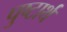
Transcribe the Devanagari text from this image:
पुष्टार्थ